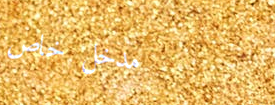
مدخل خاص